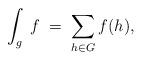
LaTeX: \begin{align*}\int_g \; f \; = \; \sum_{h \in G} f(h),\end{align*}